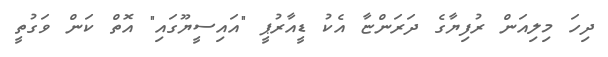
ދިހަ މިލިއަން ރުފިޔާގެ ދަރަންޏާ އެކު ޑީއާރުޕީ "އައިސީޔޫގައި" އޮތް ކަން ވަގުތީ